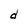
Character: d